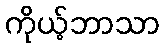
ကိုယ့်ဘာသာ